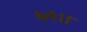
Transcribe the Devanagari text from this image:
७१।।